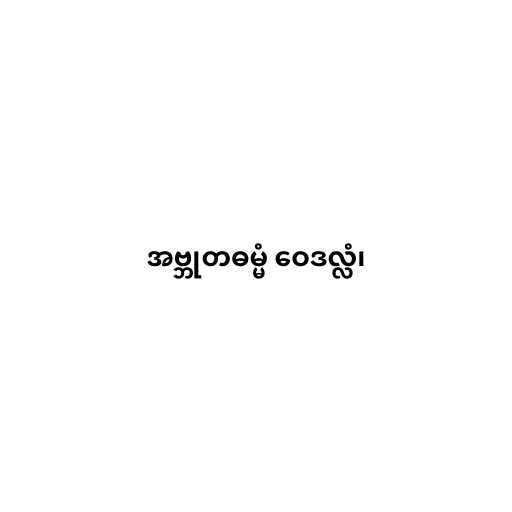
အဗ္ဘုတဓမ္မံ ဝေဒလ္လံ၊